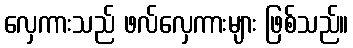
လှေကားသည် ဖလ်လှေကားများ ဖြစ်သည်။